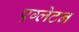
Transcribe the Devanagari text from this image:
एग्लेटन